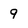
Character: 9